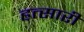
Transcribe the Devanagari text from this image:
हत्सारी